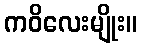
ကဝိလေးမျိုး။